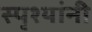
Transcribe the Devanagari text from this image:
स्पृश्यांनी